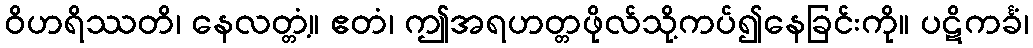
ဝိဟရိဿတိ၊ နေလတ္တံ့။ ဧတံ၊ ဤအရဟတ္တဖိုလ်သို့ကပ်၍နေခြင်းကို။ ပဋိကင်္ခံ၊